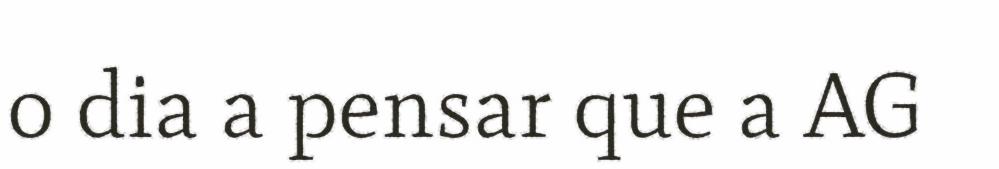
o dia a pensar que a AG